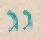
גג